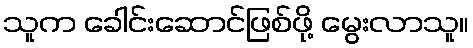
သူက ခေါင်းဆောင်ဖြစ်ဖို့ မွေးလာသူ။